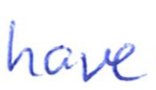
Text: have
Cross-out: clean
Writing tool: ballpoint